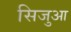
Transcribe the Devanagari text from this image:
सिजुआ